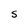
Character: S